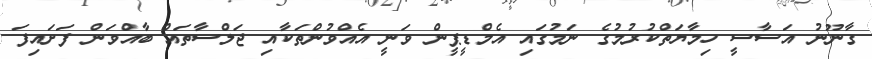
ގާނޫނު އަސާސީ ހިމާޔަތްކުރުމުގެ ނަމުގައި އެމްޑީޕީން ވަނީ އެއްވުންތަކާއި ޖަލްސާތައް ބާއްވަން ފަށައިފަ